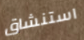
استنشاق